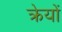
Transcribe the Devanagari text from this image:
क्रेयों